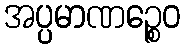
အပ္ပမာဏဉ္စေဝ